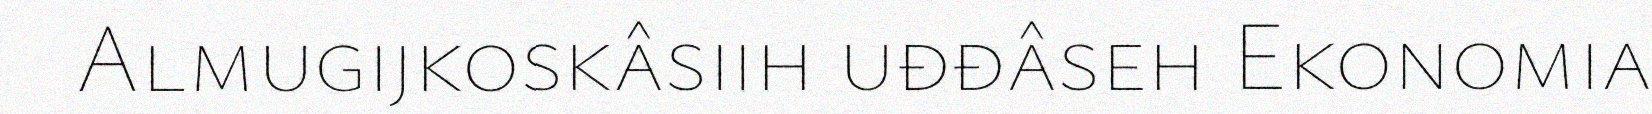
Almugijkoskâsiih uđđâseh Ekonomia